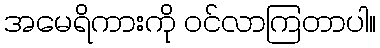
အမေရိကားကို ဝင်လာကြတာပါ။